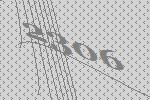
2306